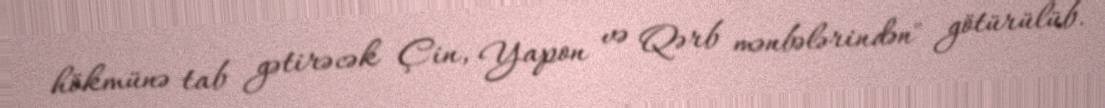
hökmünə tab gətirəcək Çin, Yapon və Qərb mənbələrindən" götürülüb.